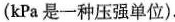
(kPa是一种压强单位).